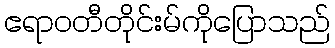
ဧရာဝတီတိုင်းမ်ကိုပြောသည်